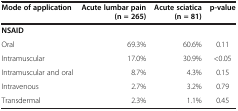
<table><thead><tr><td><b>Mode of application</b></td><td><b>Acute lumbar pain (n = 265)</b></td><td><b>Acute sciatica (n = 81)</b></td><td><b>p-value</b></td></tr></thead><tbody><tr><td><b>NSAID</b></td><td>[EMPTY_CELL]</td><td>[EMPTY_CELL]</td><td>[EMPTY_CELL]</td></tr><tr><td>Oral</td><td>69.3%</td><td>60.6%</td><td>0.11</td></tr><tr><td>Intramuscular</td><td>17.0%</td><td>30.9%</td><td>&lt;0.05</td></tr><tr><td>Intramuscular and oral</td><td>8.7%</td><td>4.3%</td><td>0.15</td></tr><tr><td>Intravenous</td><td>2.7%</td><td>3.2%</td><td>0.79</td></tr><tr><td>Transdermal</td><td>2.3%</td><td>1.1%</td><td>0.45</td></tr></tbody></table>